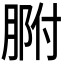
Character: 𦝗